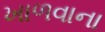
ખાળવાના